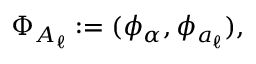
\Phi _ { A _ { \ell } } : = ( \phi _ { \alpha } , \phi _ { a _ { \ell } } ) ,